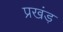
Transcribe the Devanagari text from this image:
प्रखंड़